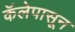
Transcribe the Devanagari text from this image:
कॅलेपासून